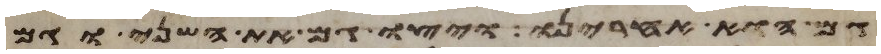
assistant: גם הוא אחרינו ויצו גם את השני וגם